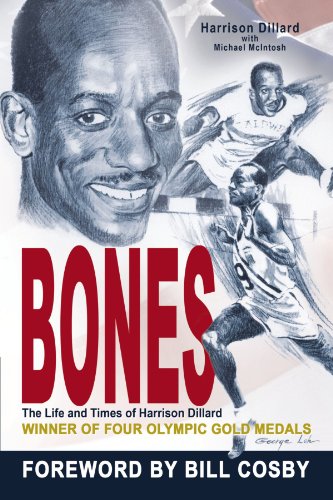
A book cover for Bones: The Life and Times of Harrison Dillard; Harrison Dillard; Sports & Outdoors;